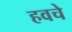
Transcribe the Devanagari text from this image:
हवचे